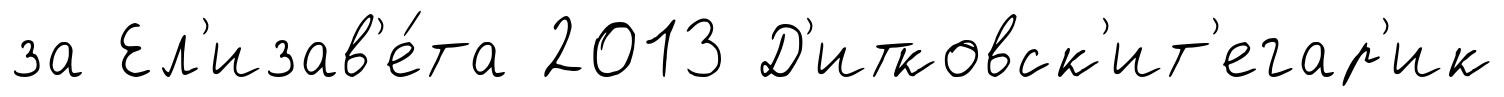
за Ел'изав'е́та 2013 Д'итковск'ит'егар'ик